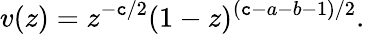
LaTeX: v(z)=z^{-\mathtt{c}/2}(1-z)^{(\mathtt{c}-a-b-1)/2}.